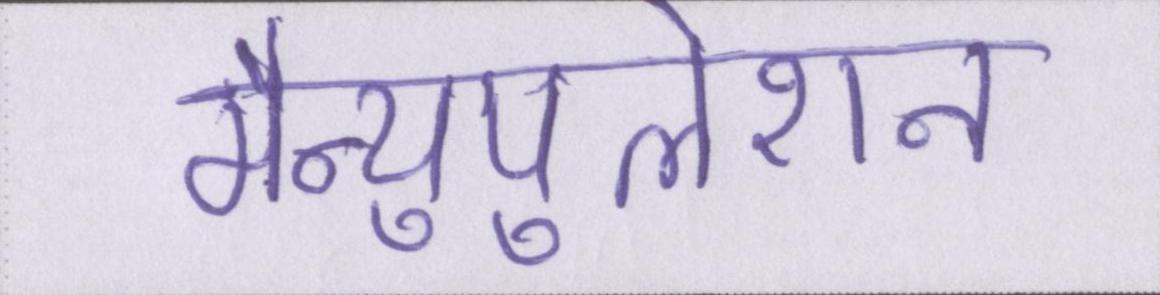
मैन्युपुलेशन